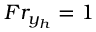
F r _ { y _ { h } } = 1